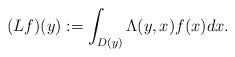
LaTeX: \begin{align*}(Lf)(y) := \int_{D(y)} \Lambda(y, x) f(x) dx.\end{align*}